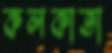
কলকাতা